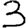
Digit: 3